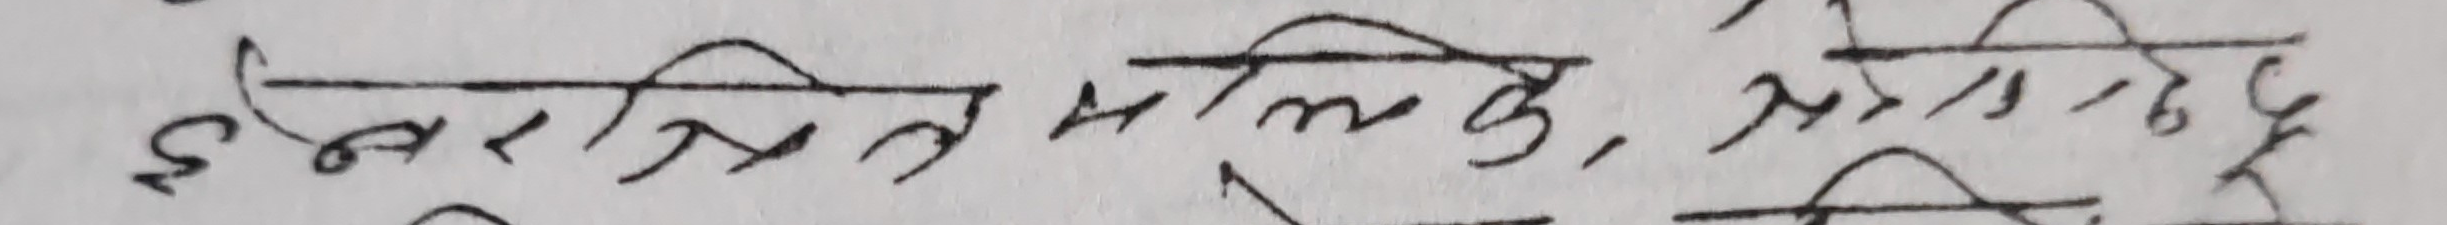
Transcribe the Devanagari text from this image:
इन्नरालसम्मित्, प्रोपाइटोप्लि